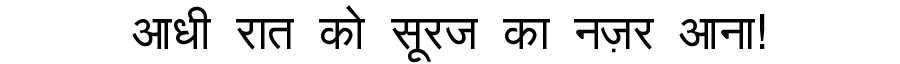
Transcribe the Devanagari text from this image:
आधी रात को सूरज का नज़र आना!